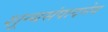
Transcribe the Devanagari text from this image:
शून्यसंपादनेय